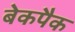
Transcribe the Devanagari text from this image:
बेकपैक